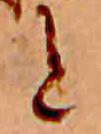
と